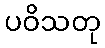
ပဝိသတု